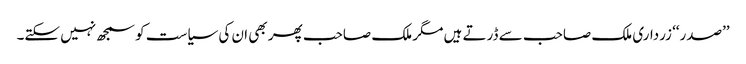
’’صدر‘‘ زرداری ملک صاحب سے ڈرتے ہیں مگر ملک صاحب پھر بھی ان کی سیاست کو سمجھ نہیں سکتے۔